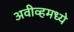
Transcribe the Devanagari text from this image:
अवीव्हमध्ये